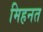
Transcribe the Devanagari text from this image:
मिहनत